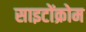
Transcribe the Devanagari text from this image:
साइटोंक्रोम